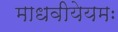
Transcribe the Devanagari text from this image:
माधवीयेयमः